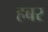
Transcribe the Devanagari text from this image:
हबर